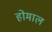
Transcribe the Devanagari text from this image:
होमाल